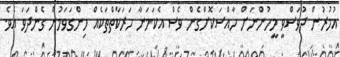
އުމުރުން ދުވަސްވީ މީހުންނަށް ހާއްސަކޮށްގެން ވެސް އެކަމަނާ ހަރަކާތްތަކެއް ހިންގަވަމުން ގެންދަވަ އެވެ.